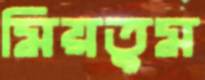
মিয়তুম